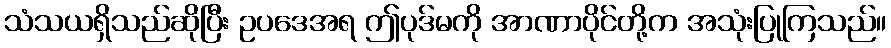
သံသယရှိသည်ဆိုပြီး ဥပဒေအရ ဤပုဒ်မကို အာဏာပိုင်တို့က အသုံးပြုကြသည်။